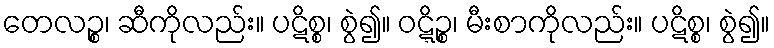
တေလဉ္စ၊ ဆီကိုလည်း။ ပဋိစ္စ၊ စွဲ၍။ ဝဋ္ဋိဉ္စ၊ မီးစာကိုလည်း။ ပဋိစ္စ၊ စွဲ၍။